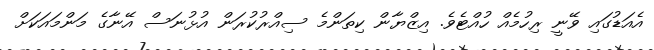
އެއަޑުގައި ވޭނީ ރިހުމެއް ހުއްޓެވެ. އިޒްޔާން ކިތަންމެ ސިއްރުކުރަން އުޅުނަސް އޭނާގެ މަންމައަކަށް